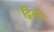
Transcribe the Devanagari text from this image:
द्विकी